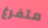
متفرغ